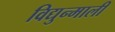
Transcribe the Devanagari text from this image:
विद्युन्माली